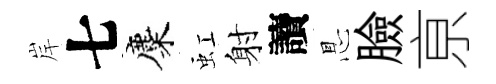
岸七麋虹射讀㤙臉亰